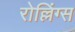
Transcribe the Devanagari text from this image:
रोल्लिंग्स